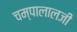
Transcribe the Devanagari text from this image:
चम्पालालजी